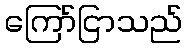
ကြော်ငြာသည်